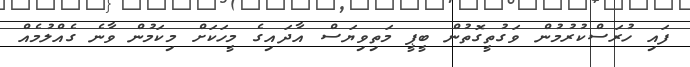
ފައި ހުރަސްކުރުމުން ވަގުތީގޮތުން ބީޕީ މަތިވިޔަސް އާދައިގެ މީހަކަށް މިކަމުން ވާނެ ގެއްލުމެއް